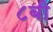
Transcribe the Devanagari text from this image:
८बी